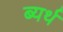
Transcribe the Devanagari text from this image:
ब्यर्थ